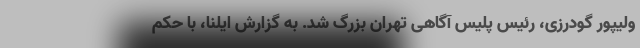
ولیپور گودرزی، رئیس پلیس آگاهی تهران بزرگ شد. به گزارش ایلنا، با حکم